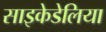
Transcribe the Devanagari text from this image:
साइकेडेलिया